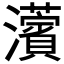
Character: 𤄠